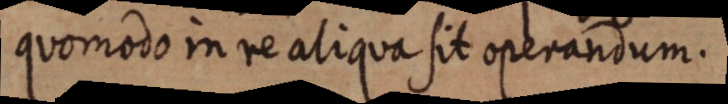
quomodo in re aliqua sit operandum.